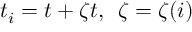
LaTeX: t _ { i } = t + \zeta t , \, \, \, \zeta = \zeta ( i )